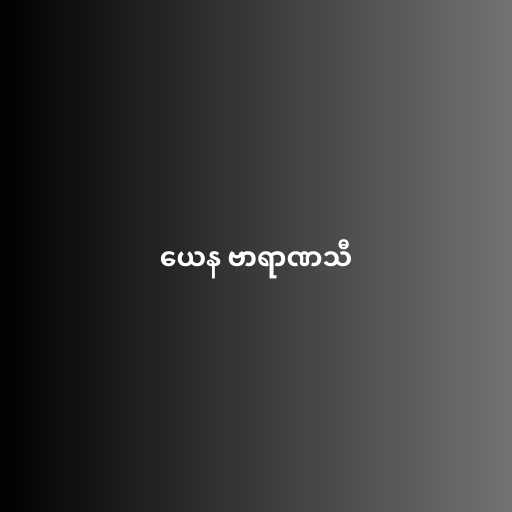
ယေန ဗာရာဏသီ